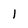
Character: l